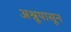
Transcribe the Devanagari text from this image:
अश्रूपासून